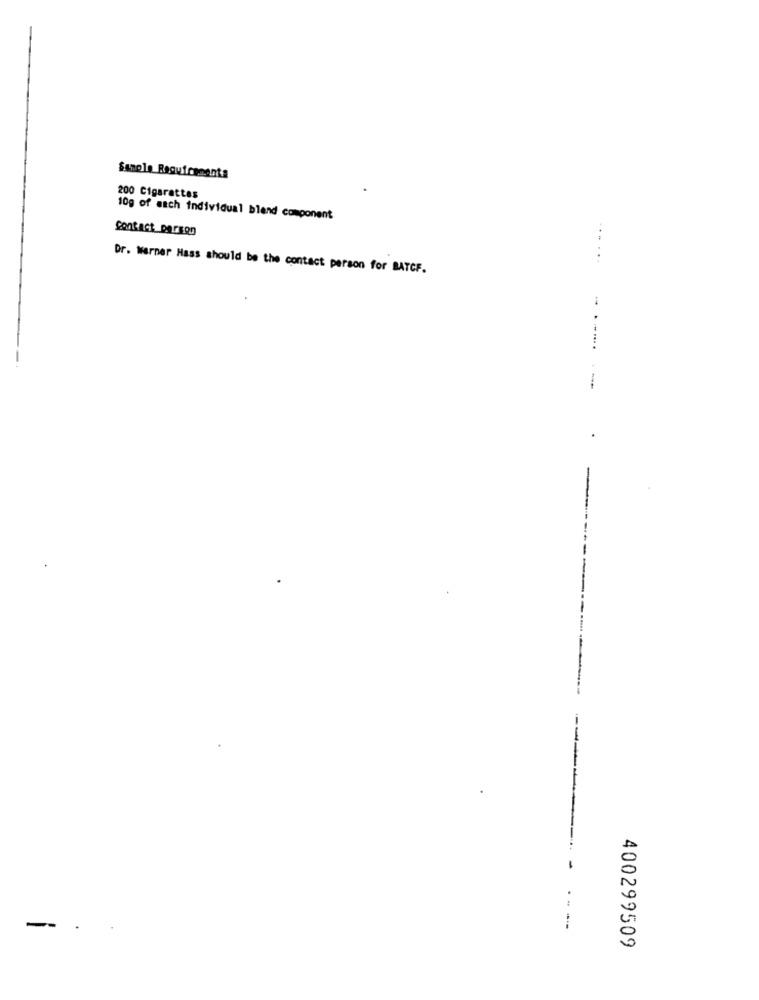
Sample Requirements
200 Cigarettes
10g of mach individual blend component
contact DerER0
......
Dr. Werner Hass should be the contact person for BATCF.
..
... .
-
.
-
400299509